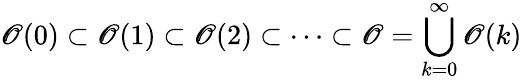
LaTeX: \operatorname{\mathscr{O}}(0)\subset\operatorname{\mathscr{O}}(1)\subset\operatorname{\mathscr{O}}(2)\subset\cdots\subset\mathscr{O}=\bigcup_{k=0}^{\infty}\operatorname{\mathscr{O}}(k)